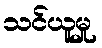
သင်ယူမှု